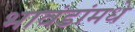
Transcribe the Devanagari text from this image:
भावंडांमधे